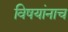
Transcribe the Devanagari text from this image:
विषयांनाच